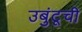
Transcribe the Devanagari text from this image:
उबुंटूची